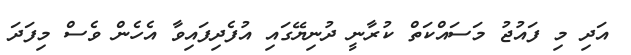
އަދި މި ފައުޖު މަސައްކަތް ކުރާނީ ދުނިޔޭގައި އުފެދިފައިވާ އެހެން ވެސް މިފަދަ